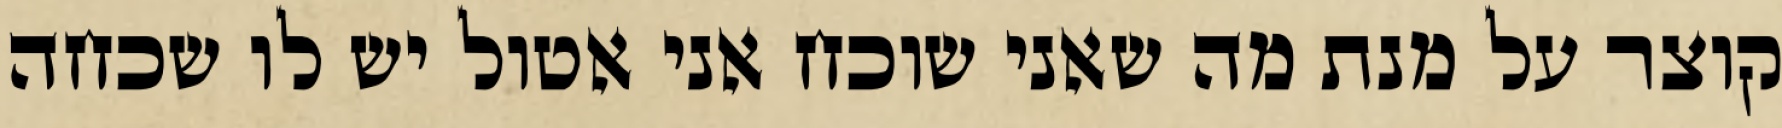
קוצר על מנת מה שאני שוכח אני אטול יש לו שכחה